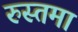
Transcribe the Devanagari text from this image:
रुस्तमा